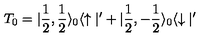
T _ { 0 } = | \frac { 1 } { 2 } , \frac { 1 } { 2 } \rangle _ { 0 } \langle \uparrow | ^ { \prime } + | \frac { 1 } { 2 } , - \frac { 1 } { 2 } \rangle _ { 0 } \langle \downarrow | ^ { \prime }